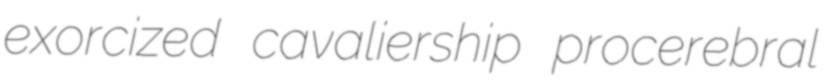
exorcized cavaliership procerebral